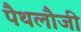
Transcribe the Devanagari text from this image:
पैथलौजी